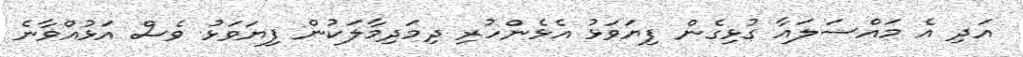
އަދި އެ މައްސަލައާ ގުޅިގެން ފިޔަވަޅު އެޅެންހުރި ދިމަދިމާލަކުން ފިޔަވަޅު ވެސް އަޅުއްވާނެ